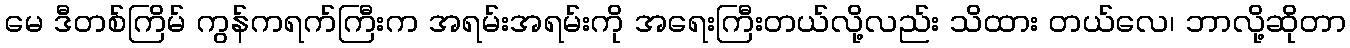
မေ ဒီတစ်ကြိမ် ကွန်ကရက်ကြီးက အရမ်းအရမ်းကို အရေးကြီးတယ်လို့လည်း သိထား တယ်လေ၊ ဘာလို့ဆိုတာ